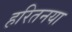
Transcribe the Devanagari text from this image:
हरितनया